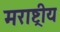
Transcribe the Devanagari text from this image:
मराष्ट्रीय